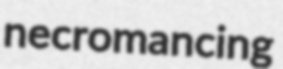
necromancing